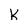
Character: k